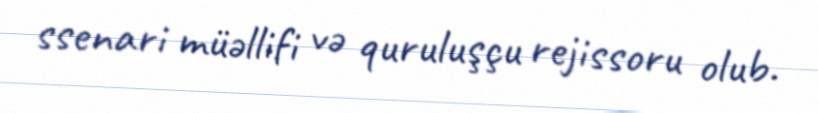
ssenari müəllifi və quruluşçu rejissoru olub.